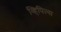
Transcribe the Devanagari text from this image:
व्हिपिल्स